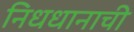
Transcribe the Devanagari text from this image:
निधधानाची